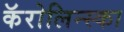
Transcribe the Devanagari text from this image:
कॅरोलिन्स्का